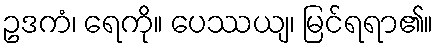
ဥဒကံ၊ ရေကို။ ပေဿယျ၊ မြင်ရရာ၏။